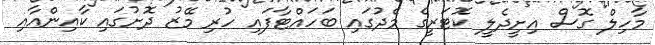
މާހިލް ގޮސް އިށީދެލީ ކޮޓަރީގެ މެދުގައި ބަހައްޓާފައި ހުރި މޭޒު ދޮށުގައި ކާއިންއާއި